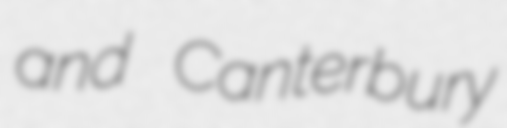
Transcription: and Canterbury